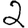
Digit: 2